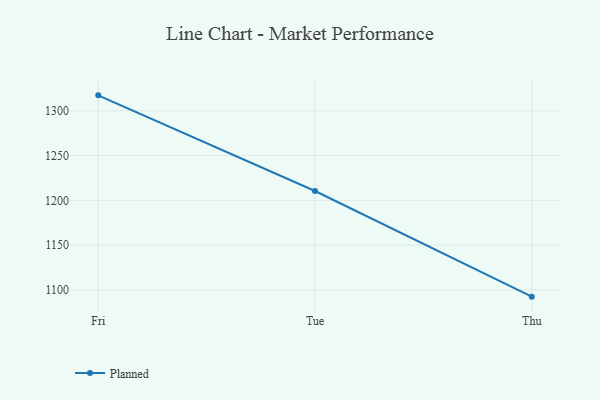
{"axis": {"x": "Day", "y": "Budget (USD K)"}, "legend": ["Planned"], "data": [{"x": "Fri", "y": 1317.2, "type": "Planned"}, {"x": "Tue", "y": 1210.4, "type": "Planned"}, {"x": "Thu", "y": 1092.5, "type": "Planned"}]}